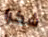
شكرا